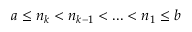
a \leq n _ { k } < n _ { k - 1 } < . . . < n _ { 1 } \leq b